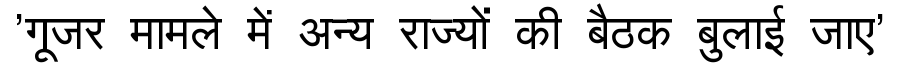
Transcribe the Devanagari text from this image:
'गूजर मामले में अन्य राज्यों की बैठक बुलाई जाए'